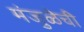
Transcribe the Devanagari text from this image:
मंजुळेची